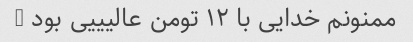
ممنونم خدایی با ۱۲ تومن عالیییی بود …